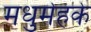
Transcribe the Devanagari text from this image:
मधुमेहके